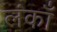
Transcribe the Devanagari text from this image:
लंकाँ